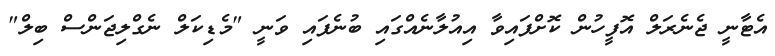
އެޓާނީ ޖެނެރަލް އޮފީހުން ކޮށްފައިވާ އިއުލާނެއްގައި ބުނެފައި ވަނީ "މެޑިކަލް ނެގްލިޖަންސް ބިލް"